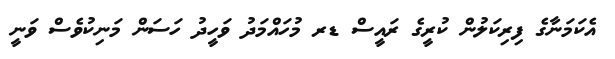
އެކަމަނާގެ ފިރިކަލުން ކުރީގެ ރައީސް ޑރ މުހައްމަދު ވަހީދު ހަސަން މަނިކުވެސް ވަނީ